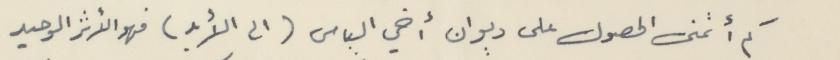
كم أتمنى الحصول على ديوان أخي الياس (الى الأبد) فهو الأثر الوحيد